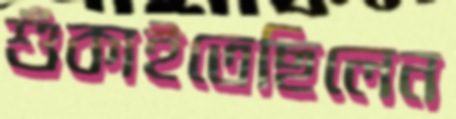
শুঁকাইতেছিলেন